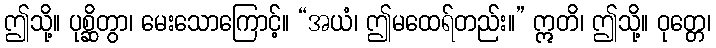
ဤသို့။ ပုစ္ဆိတွာ၊ မေးသောကြောင့်။ “အယံ၊ ဤမထေရ်တည်း။” ဣတိ၊ ဤသို့။ ဝုတ္တေ၊